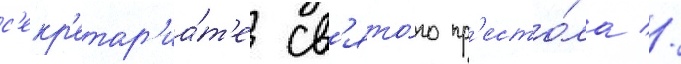
с'екр'етар'иа́т'е св'ято́го пр'есто́ла //